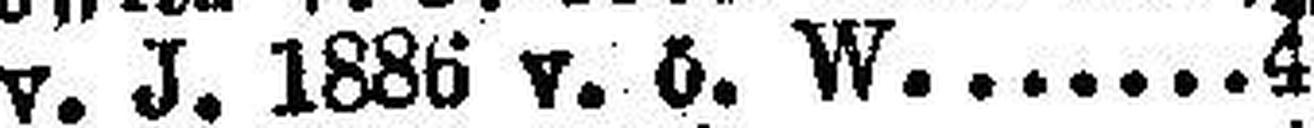
Görz v. J. 1885 v. ö. W. 4